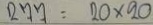
277 = 20 x 20